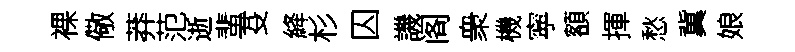
裸儆莽范逝蜚芟絳杉囚譏阁衆機寜額揮愁冀娘